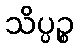
သိပ္ပဉ္စ